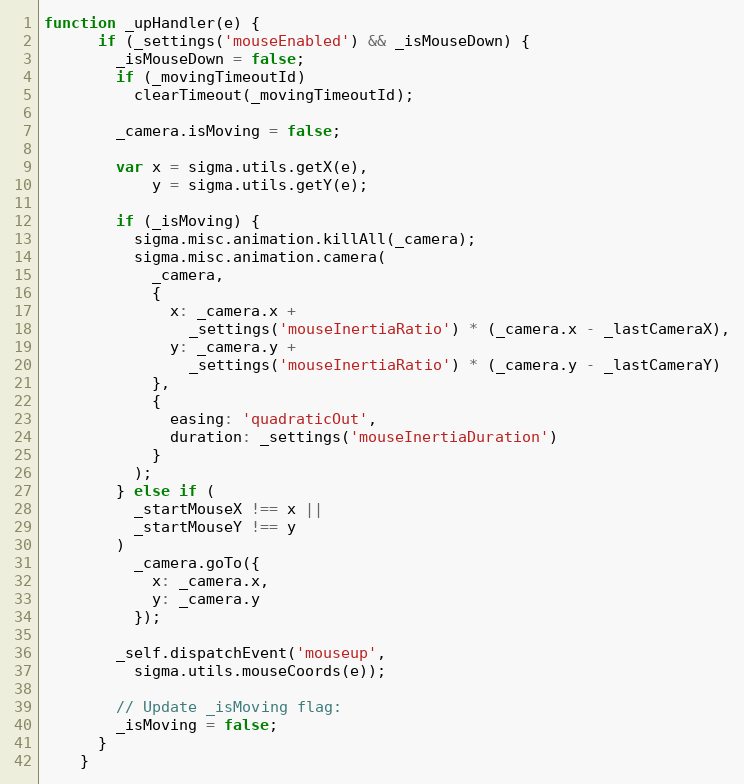
Language: JavaScript
function _upHandler(e) {
      if (_settings('mouseEnabled') && _isMouseDown) {
        _isMouseDown = false;
        if (_movingTimeoutId)
          clearTimeout(_movingTimeoutId);

        _camera.isMoving = false;

        var x = sigma.utils.getX(e),
            y = sigma.utils.getY(e);

        if (_isMoving) {
          sigma.misc.animation.killAll(_camera);
          sigma.misc.animation.camera(
            _camera,
            {
              x: _camera.x +
                _settings('mouseInertiaRatio') * (_camera.x - _lastCameraX),
              y: _camera.y +
                _settings('mouseInertiaRatio') * (_camera.y - _lastCameraY)
            },
            {
              easing: 'quadraticOut',
              duration: _settings('mouseInertiaDuration')
            }
          );
        } else if (
          _startMouseX !== x ||
          _startMouseY !== y
        )
          _camera.goTo({
            x: _camera.x,
            y: _camera.y
          });

        _self.dispatchEvent('mouseup',
          sigma.utils.mouseCoords(e));

        // Update _isMoving flag:
        _isMoving = false;
      }
    }